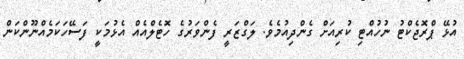
އުޅޭ ޕްރޮޖެކްޓު ނުހުއްޓި ކުރިއަށް ގެންދިއުމެވެ. ލަގްޒަރީ ފެންވަރުގެ ހޮޓެލްއެއް އެޅުމަކީ ފަސޭހަކަމެއްނޫންކަން